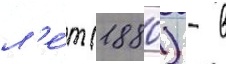
л'е́т (1880) - в